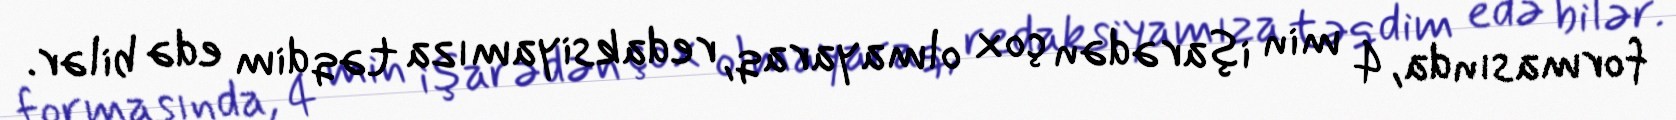
formasında, 4 min işarədən çox olmayaraq, redaksiyamıza təqdim edə bilər.